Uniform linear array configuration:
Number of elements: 8
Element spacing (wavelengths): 0.75
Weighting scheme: cosine
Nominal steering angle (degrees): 0
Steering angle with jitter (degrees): -0.839
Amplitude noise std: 0.05
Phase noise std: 0.05

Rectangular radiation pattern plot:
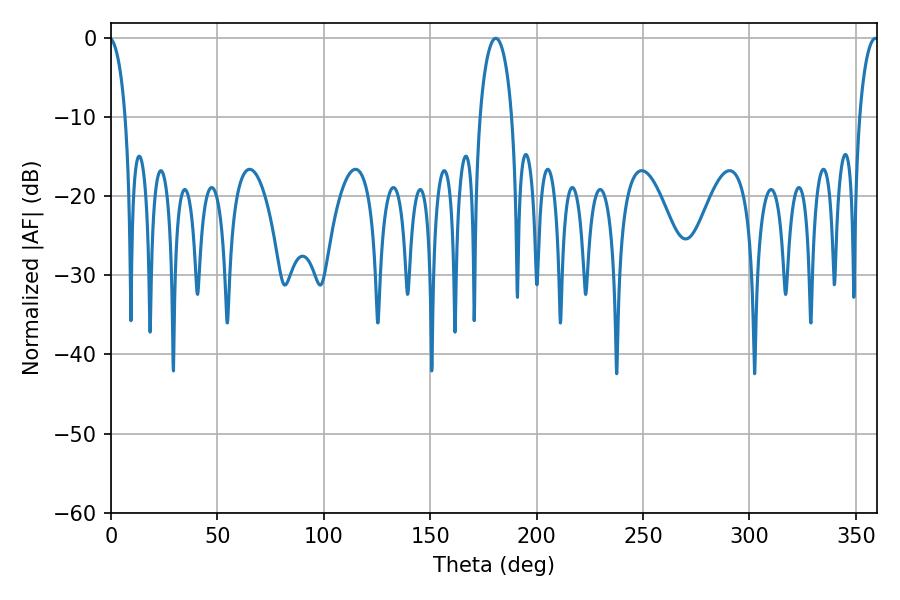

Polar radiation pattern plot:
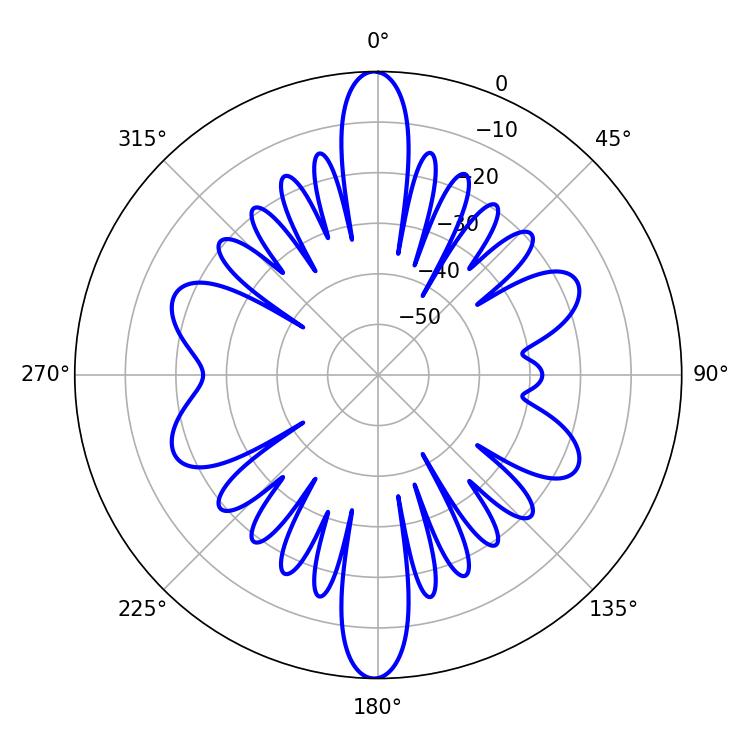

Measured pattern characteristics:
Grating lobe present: TRUE
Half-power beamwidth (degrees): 5.04
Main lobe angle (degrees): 359.1